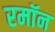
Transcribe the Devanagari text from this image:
रमॉन